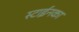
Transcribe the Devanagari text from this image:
स्टाईनका